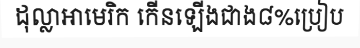
ដុល្លាអាមេរិក កើនឡើងជាង៨%ប្រៀប